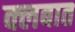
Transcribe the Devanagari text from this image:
क्‍लबात